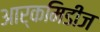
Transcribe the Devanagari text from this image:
आर्कमिडीज